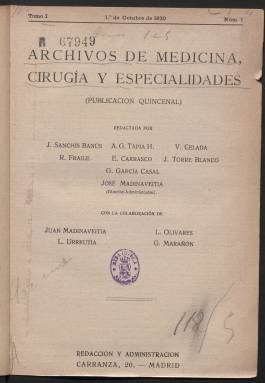
Título: Archivos de medicina, cirugía y especialidades
Colección: Medicina
Ámbito geográfico: Madrid
Lugar de publicación: Madrid
Fechas: 01/10/1920-30/07/1936